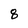
Character: 8